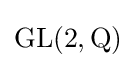
\mathrm {GL} (2,\mathrm {Q} )